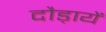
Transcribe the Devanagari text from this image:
दौड़ायें